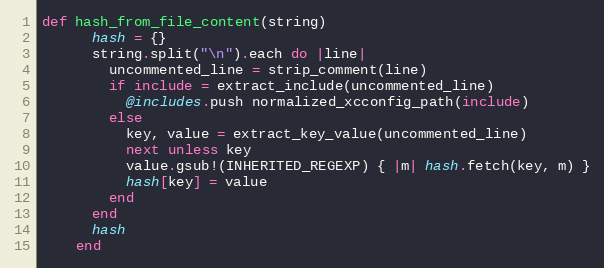
Language: Ruby
def hash_from_file_content(string)
      hash = {}
      string.split("\n").each do |line|
        uncommented_line = strip_comment(line)
        if include = extract_include(uncommented_line)
          @includes.push normalized_xcconfig_path(include)
        else
          key, value = extract_key_value(uncommented_line)
          next unless key
          value.gsub!(INHERITED_REGEXP) { |m| hash.fetch(key, m) }
          hash[key] = value
        end
      end
      hash
    end